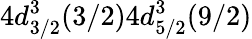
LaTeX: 4d_{3/2}^{3}(3/2)4d_{5/2}^{3}(9/2)